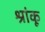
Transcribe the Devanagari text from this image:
श्रांकू